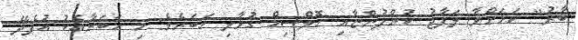
ބާރު" ކަމަށްވާ ލަފާޖު ކުންފުންޏާއި ހޮލްސިމް ގުޅާލި ހަބަރެވެ: މި ހަބަރާއެކު އުފެދޭ